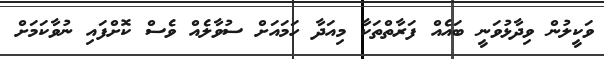
ވަކީލުން ވިދާޅުވަނީ ބައެއް ފަރާތްތަކާ މިއަދާ ހަމައަށް ސުވާލެއް ވެސް ކޮށްފައި ނުވާކަމަށް